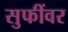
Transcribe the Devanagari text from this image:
सुफींवर